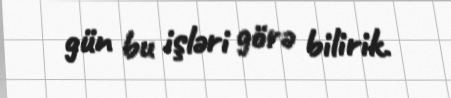
gün bu işləri görə bilirik.